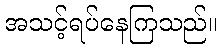
အသင့်ရပ်နေကြသည်။